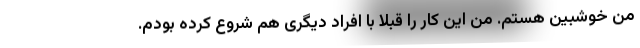
من خوشبین هستم. من این کار را قبلا با افراد دیگری هم شروع کرده بودم.